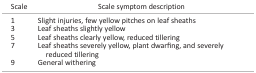
| Scale | Scale symptom description |
 | --- | --- |
 | 1 | Slight injuries, few yellow pitches on leaf sheaths |
 | 3 | Leaf sheaths slightly yellow |
 | 5 | Leaf sheaths clearly yellow, reduced tillering |
 | 7 | Leaf sheaths severely yellow, plant dwarfing, and severely reduced tillering |
 | 9 | General withering |